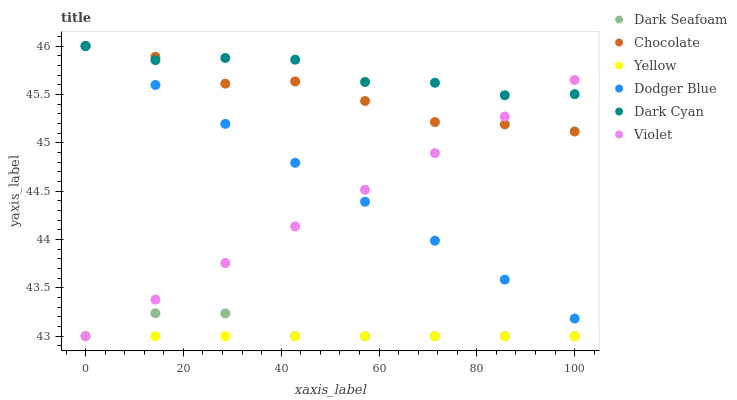
| xaxis_label | Dark Seafoam | Chocolate | Yellow | Dodger Blue | Dark Cyan | Violet |
 | --- | --- | --- | --- | --- | --- | --- |
 | 0 | 43 | 46 | 43 | 46 | 46 | 43 |
 | 14.3 | 43.2 | 45.9 | 43 | 45.6 | 45.9 | 43.4 |
 | 28.6 | 43.2 | 45.6 | 43 | 45.2 | 45.9 | 43.8 |
 | 42.9 | 43 | 45.6 | 43 | 44.8 | 45.9 | 44.1 |
 | 57.1 | 43 | 45.4 | 43 | 44.4 | 45.6 | 44.5 |
 | 71.4 | 43 | 45.2 | 43 | 44 | 45.6 | 44.9 |
 | 85.7 | 43 | 45.2 | 43 | 43.6 | 45.5 | 45.3 |
 | 100 | 43 | 45.1 | 43 | 43.2 | 45.5 | 45.6 |